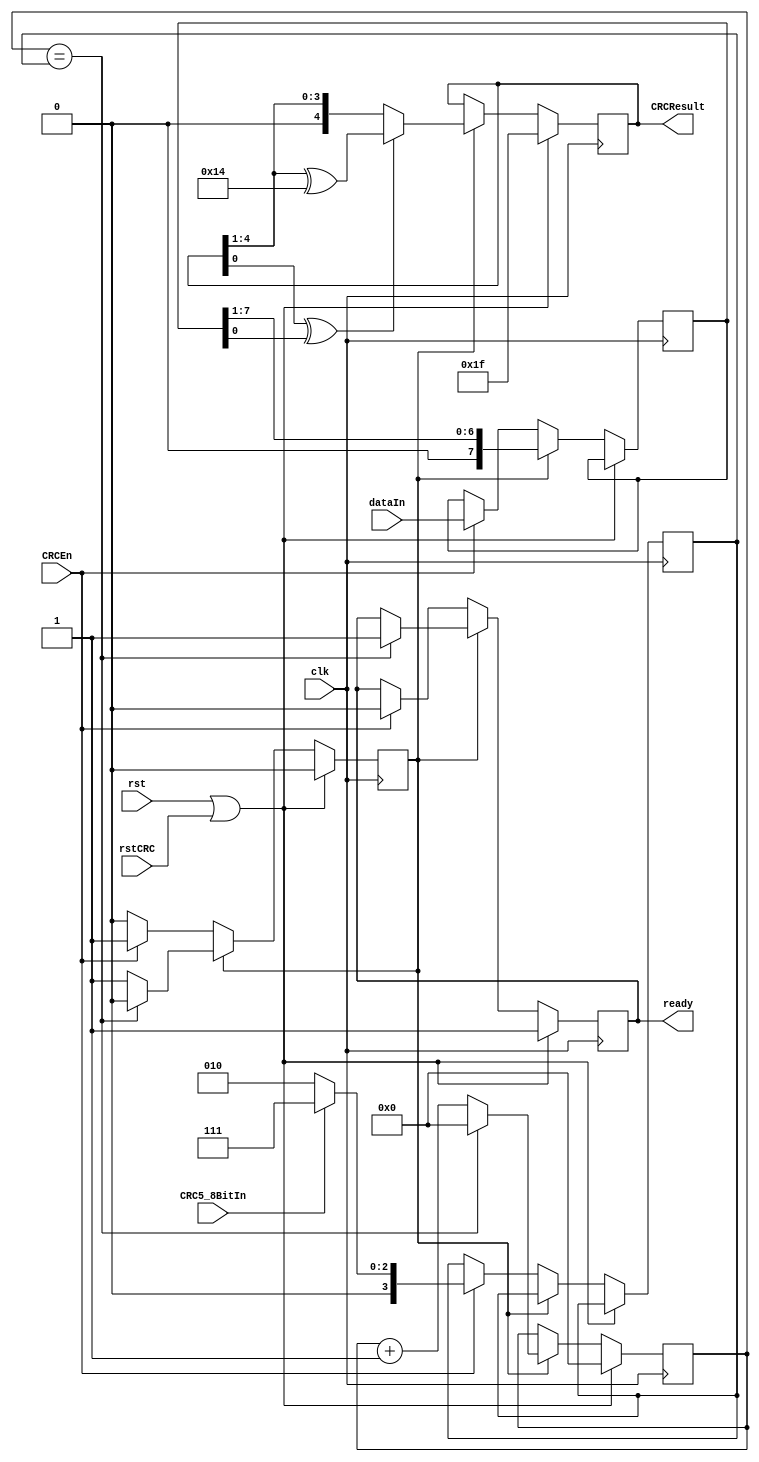
module updateCRC5_simlib (rstCRC, CRCResult, CRCEn, CRC5_8BitIn, dataIn, ready, clk, rst);
input   rstCRC;
input   CRCEn;
input   CRC5_8BitIn;
input   [7:0] dataIn;
input   clk;
input   rst;
output  [4:0] CRCResult;
output ready;

wire   rstCRC;
wire   CRCEn;
wire   CRC5_8BitIn;
wire   [7:0] dataIn;
wire   clk;
wire   rst;
reg    [4:0] CRCResult;
reg ready;

reg doUpdateCRC;
reg [7:0] data;
reg [3:0] loopEnd;
reg [3:0] i;

always @(posedge clk)
begin
  if (rst == 1'b1 || rstCRC == 1'b1) begin
    doUpdateCRC <= 1'b0;
    i <= 4'h0;
    CRCResult <= 5'h1f;
    ready <= 1'b1;
  end
  else
  begin
    if (doUpdateCRC == 1'b0) begin
      if (CRCEn == 1'b1) begin
        ready <= 1'b0;
        doUpdateCRC <= 1'b1;
        data <= dataIn;
        if (CRC5_8BitIn == 1'b1) begin
          loopEnd <= 4'h7; 
        end
        else begin
          loopEnd <= 4'h2;
        end
      end
    end
    else begin
      i <= i + 1'b1;
      if ( (CRCResult[0] ^ data[0]) == 1'b1) begin
        CRCResult <= {1'b0, CRCResult[4:1]} ^ 5'h14;
      end
      else begin
        CRCResult <= {1'b0, CRCResult[4:1]};
      end
      data <= {1'b0, data[7:1]};
      if (i == loopEnd) begin
        doUpdateCRC <= 1'b0; 
        i <= 4'h0;
        ready <= 1'b1;
      end
    end
  end
end
    

endmodule